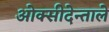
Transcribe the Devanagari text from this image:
ओक्सीदेन्ताले